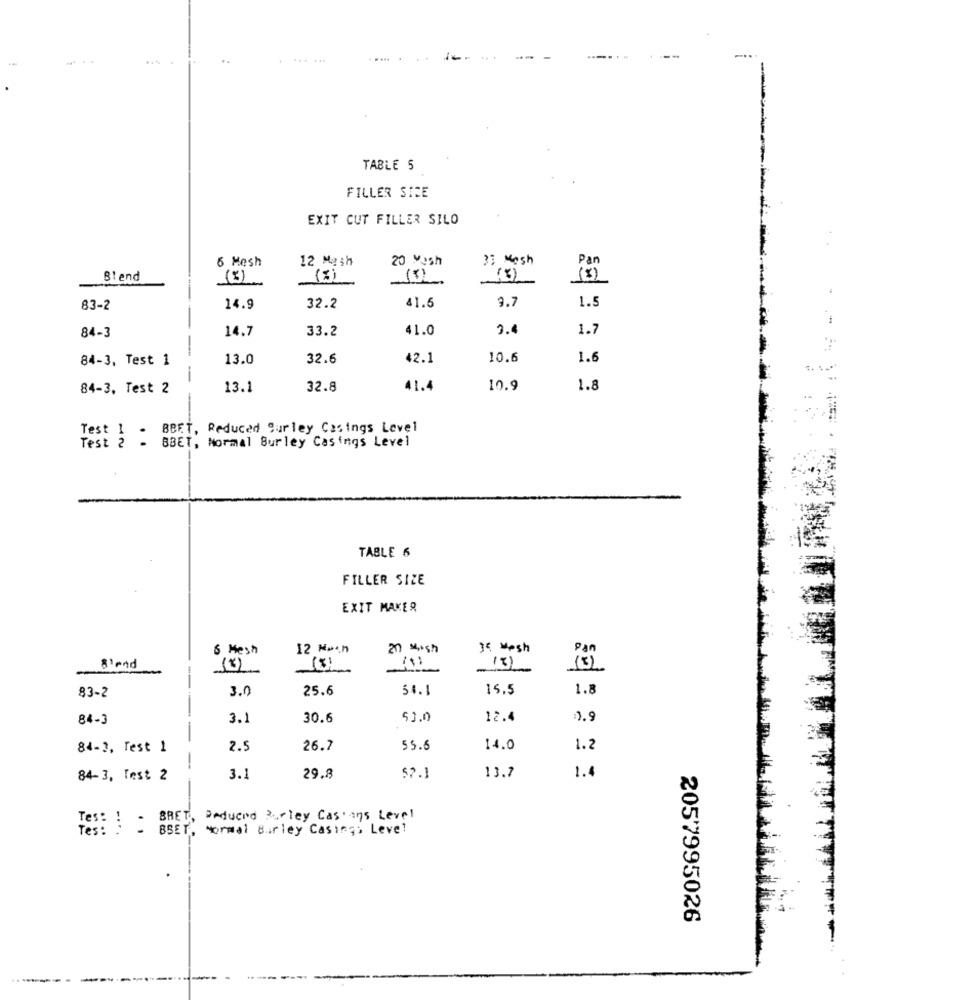
.......
--
....
TABLE 5
FILLER SICE
EXIT CUT FILLER SILO
..
6 Mesh
12 Mash
20 Yash
?: Mesh
Par
Blend
(3)
(3)
(3)
1.5
83-2
14.9
32.2
41.6
9.7
84-3
14.7
33.2
41.0
3.4
1.7
84-3, Test 1
13.0
32.6
42.1
10.6
1.6
-
84-3, Test 2
13.1
32.8
41.4
10.9
1.8
Test 1 - BBET, Reduced Surley Casings Level
Test 2
BBET, Normal Burley Casings Level
TABLE 6
FILLER SIZE
EXIT MAKER
6 Mesh
12 Noch
20 Mich
34 Mesh
Pan
Bland
(8)
13)
83-2
3.0
25.6
54.1
15.5
1.8
84-3
3.1
30.6
50.0
12.4
=0.9
--
84-3, Test 1
2.5
26.7
5.6
14.0
1.2
$2.1
13.2
1.4
84-3, Test 2
3.1
29.8
Tes: ! .
BRET.
Deduand Burley Casians Level
Tes:
BBET, Normal Birley Casings Level
2057995026